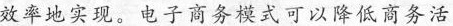
效率地实现。电子商务模式可以降低商务活